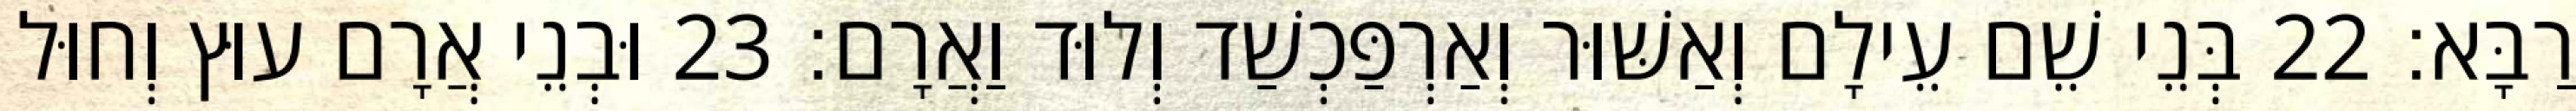
רַבָּא׃ 22 בְּנֵי שֵׁם עֵילָם וְאַשּׁוּר וְאַרְפַּכְשַׁד וְלוּד וַאֲרָם׃ 23 וּבְנֵי אֲרָם עוּץ וְחוּל